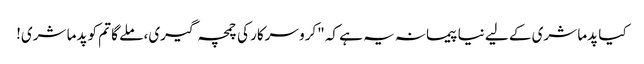
کیا پدما شری کے لیے نیا پیمانہ یہ ہے کہ "کرو سرکار کی چمچہ گیری، ملے گا تم کو پدما شری!